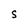
Character: S